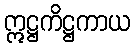
ဣဋ္ဌကိဋ္ဌကာယ